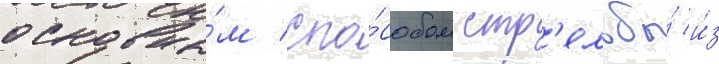
основны́м спо́собом стр'ельбы́ и́з